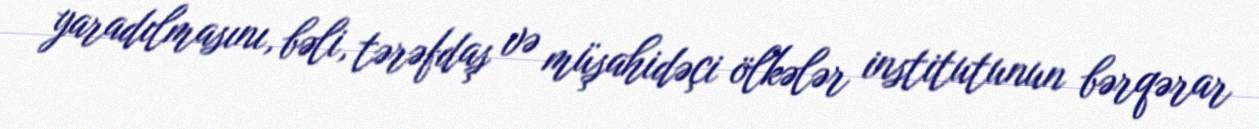
yaradılmasını, bəli, tərəfdaş və müşahidəçi ölkələr institutunun bərqərar